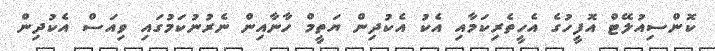
ކޮންސިއުލޭޓް އޮފީހުގެ އެހީތެރިކަމާއި އެކު އެކުދިން ޔަތީމް ހާނާއިން ނެރުނުކަމުގައި ވިއަސް އެކުދިން